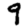
Digit: 9